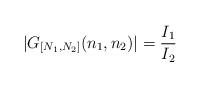
LaTeX: \begin{align*} |G_{[N_1,N_2]}(n_1,n_2)|=\frac{I_1}{I_2}\end{align*}